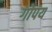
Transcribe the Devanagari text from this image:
गोपय